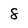
Character: 8